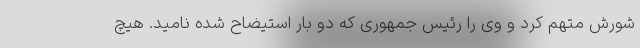
شورش متهم کرد و وی را رئیس جمهوری که دو بار استیضاح شده نامید. هیچ